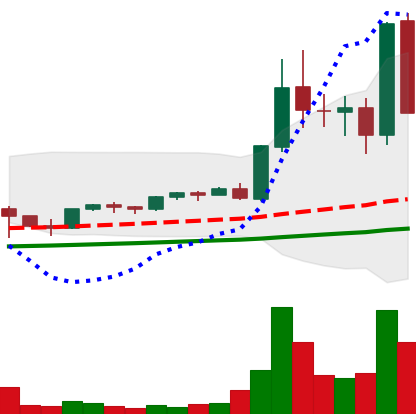
Ticker: EOS-USD
Chart end date: 2021-05-12
Forward return: -11.025%
Label: down_7plus